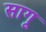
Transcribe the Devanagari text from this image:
सागू